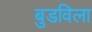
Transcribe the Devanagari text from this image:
बुडविला